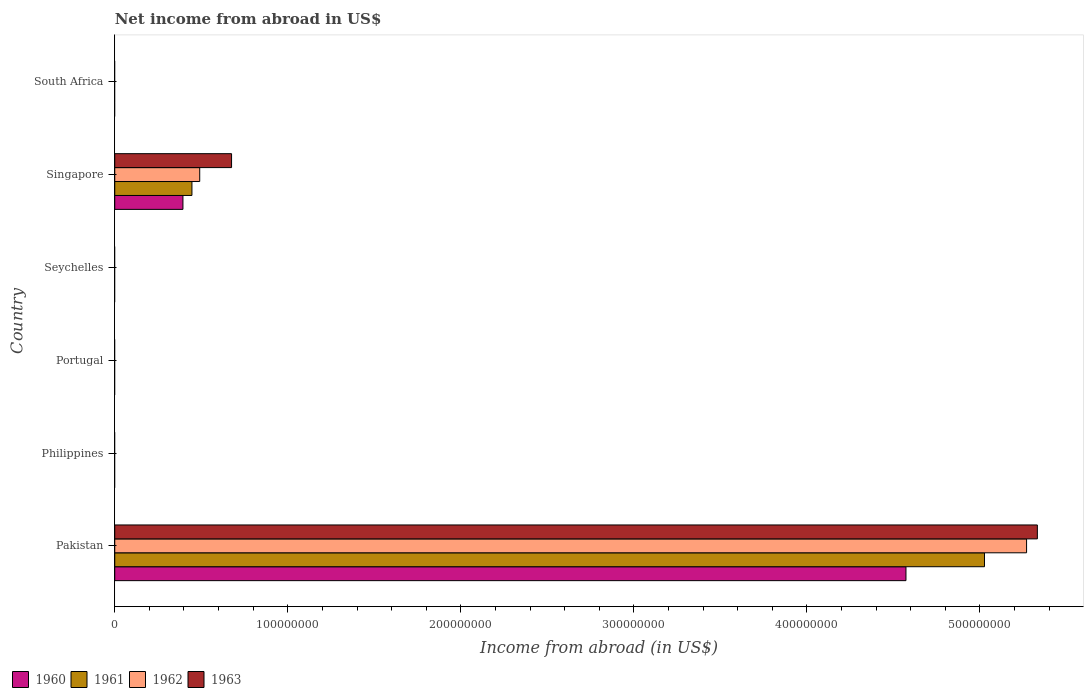
| Country | 1960 | 1961 | 1962 | 1963 |
 | --- | --- | --- | --- | --- |
 | Pakistan | 4.57e+08 | 5.03e+08 | 5.27e+08 | 5.33e+08 |
 | Philippines | -1.91e+08 | -1.06e+08 | -5.41e+07 | -6.43e+07 |
 | Portugal | -3.08e+06 | -3.92e+06 | -4.78e+06 | -4.39e+06 |
 | Seychelles | -2e+05 | -2e+05 | -2e+05 | -3e+05 |
 | Singapore | 3.94e+07 | 4.46e+07 | 4.91e+07 | 6.75e+07 |
 | South Africa | -2.36e+08 | -2.66e+08 | -2.33e+08 | -2.25e+08 |